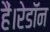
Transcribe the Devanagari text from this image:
हैं।रेडॉन